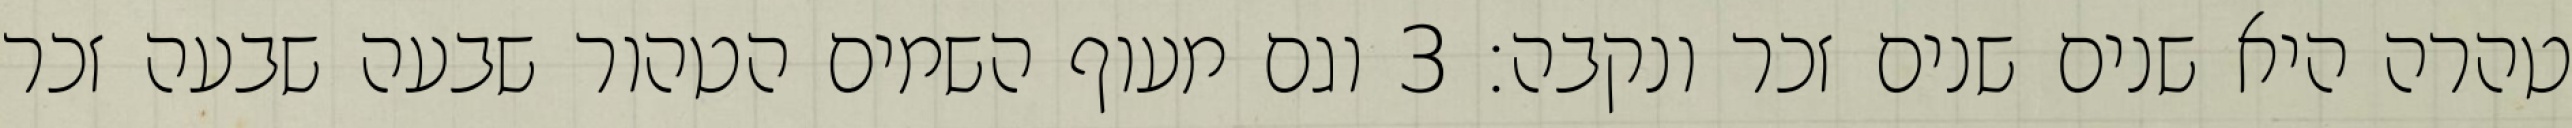
טהרה היא שנים שנים זכר ונקבה׃ ‎3‏ וגם מעוף השמים הטהור שבעה שבעה זכר